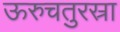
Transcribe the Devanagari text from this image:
ऊरुचतुरस्रा